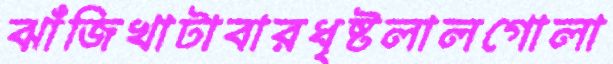
ঝাঁজিখাটাবারধৃষ্টলালগোলা